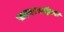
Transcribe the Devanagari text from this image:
साइन्एसाईटस